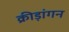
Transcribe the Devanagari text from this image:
क्रीड़ांगन